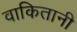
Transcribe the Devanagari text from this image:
वाकितानी